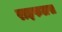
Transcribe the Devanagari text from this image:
राइफलस